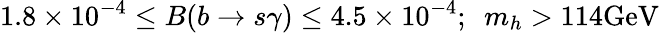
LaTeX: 1.8\times 10^{-4}\leq B(b\rightarrow s\gamma)\leq 4.5\times 10^{-4};\, \, \, m_{h}>114\mathrm{GeV}